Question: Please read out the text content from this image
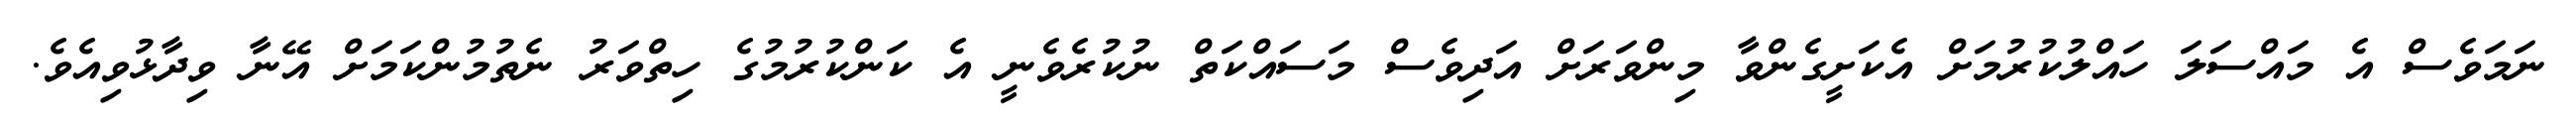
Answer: ނަމަވެސް އެ މައްސަލަ ހައްލުކުރުމަށް އެކަށީގެންވާ މިންވަރަށް އަދިވެސް މަސައްކަތް ނުކުރެވެނީ އެ ކަންކުރުމުގެ ހިތްވަރު ނެތުމުންކަމަށް އޭނާ ވިދާޅުވިއެވެ.